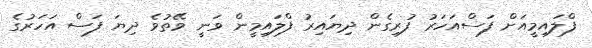
ފްލައިމީއަށް ފަސްއަހަރު ފުރިގެން ދިޔައިރު ފްލައިމީން ވަނީ ވޭތުވެ ދިޔަ ފަސް އަހަރުގެ